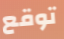
توقع